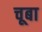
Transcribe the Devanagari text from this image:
चूबा